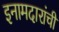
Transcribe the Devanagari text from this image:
इनामदारांची